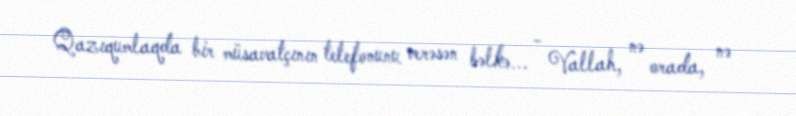
Qazıqumlaqda bir müsavatçının telefonunu verəsən bəlkə... - Vallah, nə orada, nə